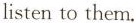
listen to them.